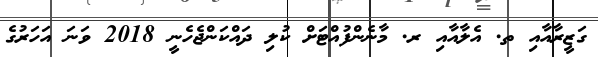
ގަޒީރާއާއި ތ. އެލާއާއި ރ. މާނެންފުއްޓަށް ކުލި ދައްކަންޖެހެނީ 2018 ވަނަ އަހަރުގެ